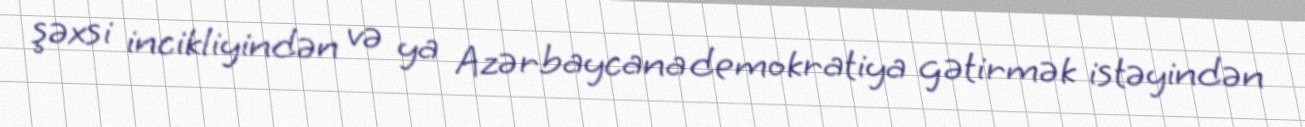
şəxsi incikliyindən və ya Azərbaycana demokratiya gətirmək istəyindən